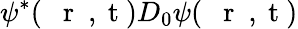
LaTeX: \psi^{*}(\mathrm{~{~\mathbf~r~}~,~t~})D_{0}\psi(\mathrm{~{~\mathbf~r~}~,~t~})